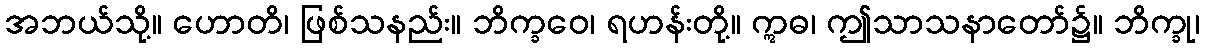
အဘယ်သို့။ ဟောတိ၊ ဖြစ်သနည်း။ ဘိက္ခဝေ၊ ရဟန်းတို့။ ဣဓ၊ ဤသာသနာတော်၌။ ဘိက္ခု၊